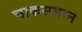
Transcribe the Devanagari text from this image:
चाकसमान